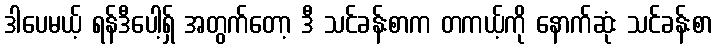
ဒါပေမယ့် ရန်ဒီပေါ့ရှ် အတွက်တော့ ဒီ သင်ခန်းစာက တကယ့်ကို နောက်ဆုံး သင်ခန်းစာ